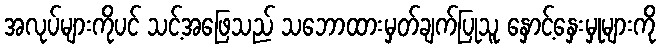
အလုပ်များကိုပင် သင့်အဖြေသည် သဘောထားမှတ်ချက်ပြုသူ နှောင့်နှေးမှုများကို